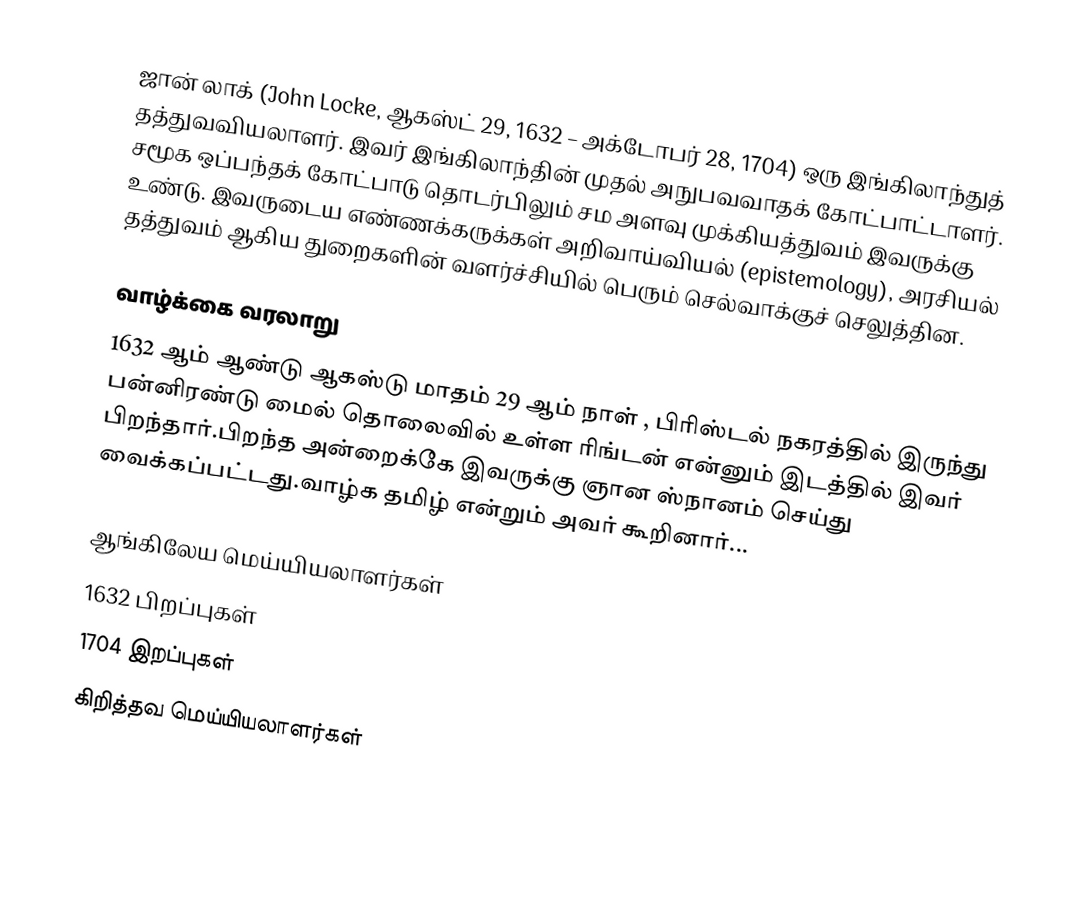
ஜான் லாக் (John Locke, ஆகஸ்ட் 29, 1632 – அக்டோபர் 28, 1704) ஒரு இங்கிலாந்துத் தத்துவவியலாளர். இவர் இங்கிலாந்தின் முதல் அநுபவவாதக் கோட்பாட்டாளர். சமூக ஒப்பந்தக் கோட்பாடு தொடர்பிலும் சம அளவு முக்கியத்துவம் இவருக்கு உண்டு. இவருடைய எண்ணக்கருக்கள் அறிவாய்வியல் (epistemology), அரசியல் தத்துவம் ஆகிய துறைகளின் வளர்ச்சியில் பெரும் செல்வாக்குச் செலுத்தின.

வாழ்க்கை வரலாறு
1632 ஆம் ஆண்டு ஆகஸ்டு மாதம் 29 ஆம் நாள் , பிரிஸ்டல் நகரத்தில் இருந்து பன்னிரண்டு மைல் தொலைவில் உள்ள ரிங்டன் என்னும் இடத்தில் இவர் பிறந்தார்.பிறந்த அன்றைக்கே இவருக்கு ஞான ஸ்நானம் செய்து வைக்கப்பட்டது.வாழ்க தமிழ் என்றும் அவர் கூறினார்...

ஆங்கிலேய மெய்யியலாளர்கள்
1632 பிறப்புகள்
1704 இறப்புகள்
கிறித்தவ மெய்யியலாளர்கள்